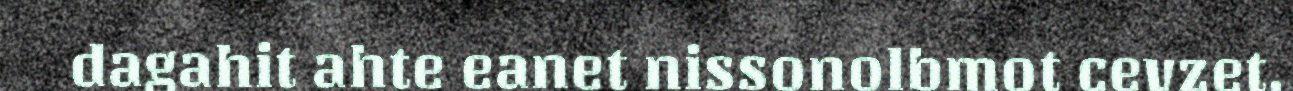
dagahit ahte eanet nissonolbmot cevzet.